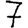
Digit: 7